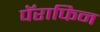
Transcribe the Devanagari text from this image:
पॅराफिन